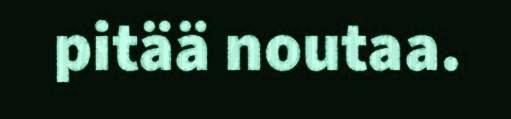
pitää noutaa.